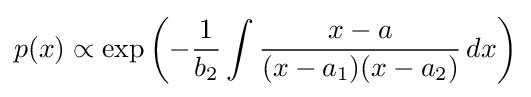
p(x)\propto \exp \left(-{\frac {1}{b_{2}}}\int {\frac {x-a}{(x-a_{1})(x-a_{2})}}\,dx\right)